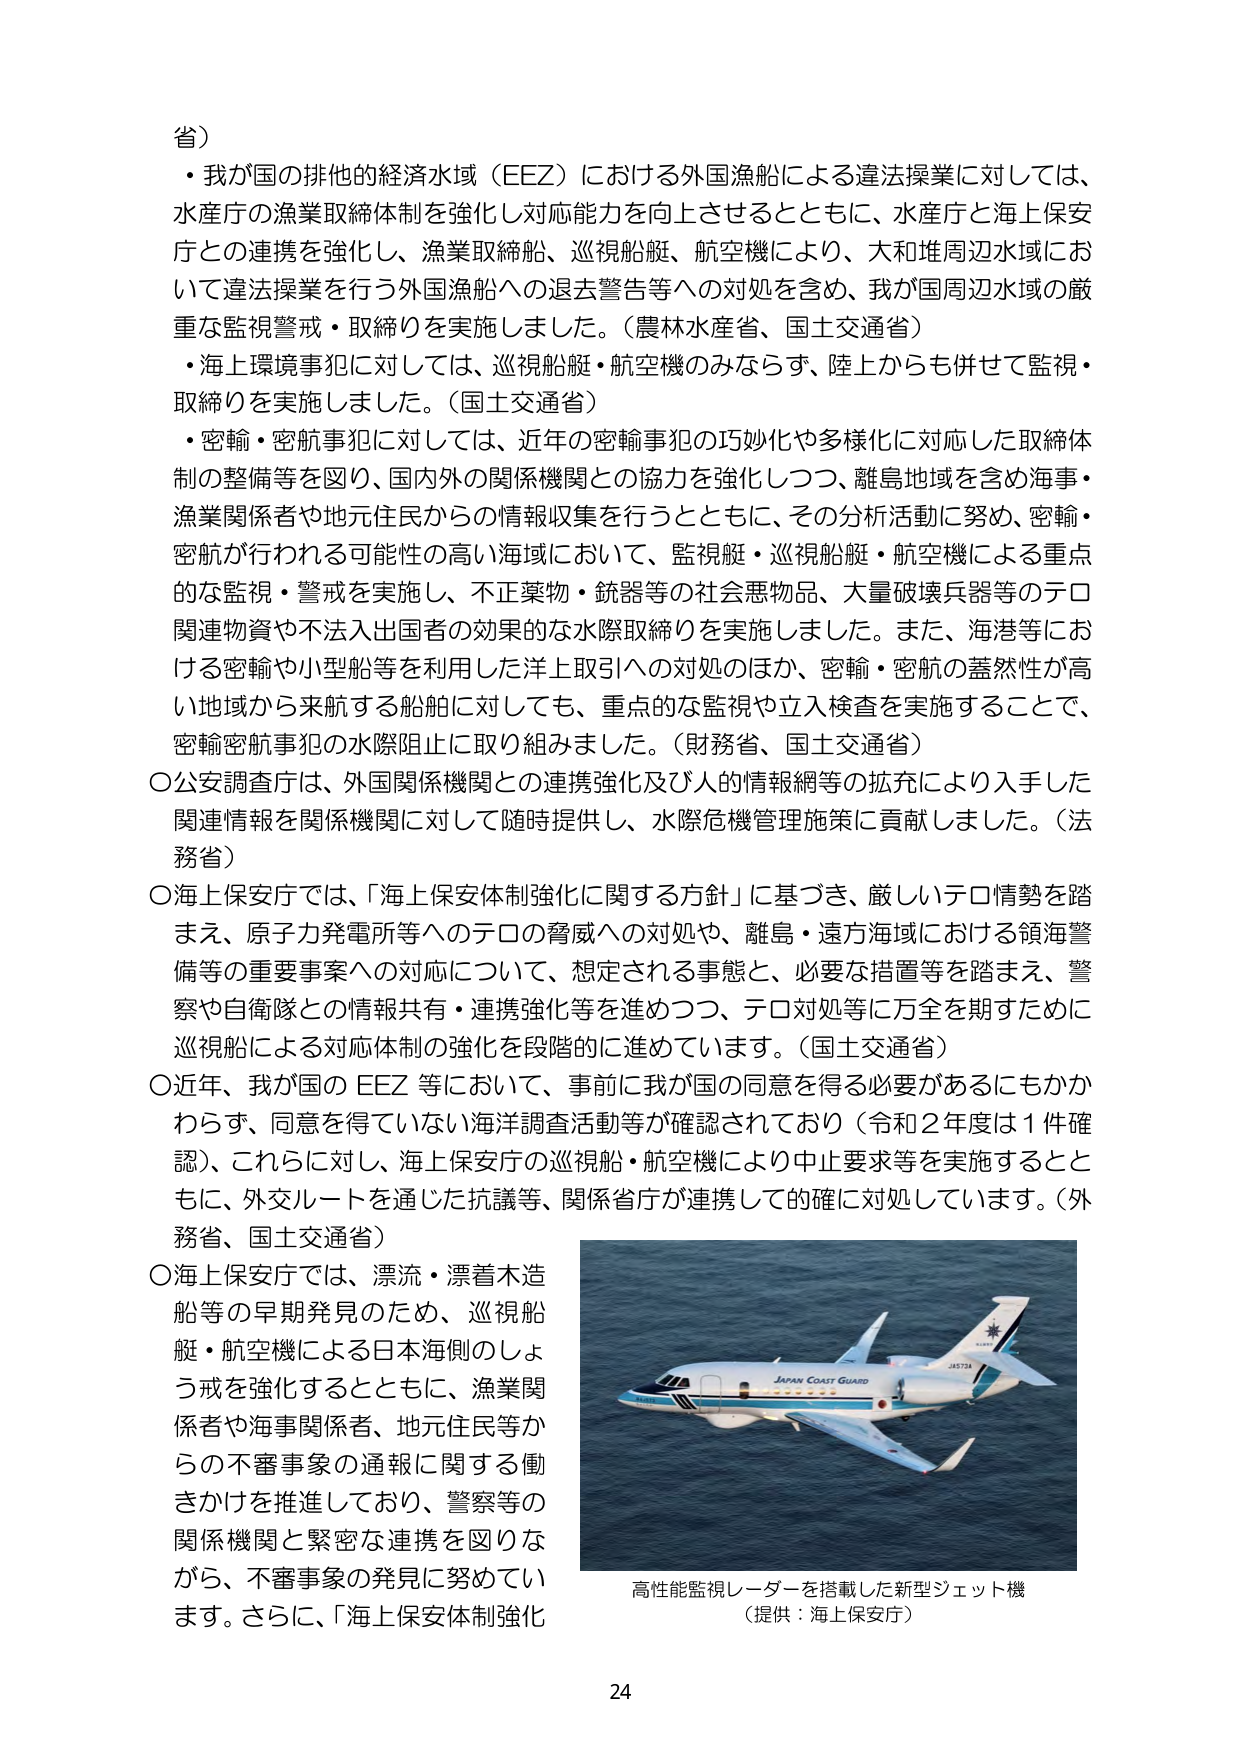
省）
・我が国の排他的経済水域（EEZ）における外国漁船による違法操業に対しては、
水産庁の漁業取締体制を強化し対応能力を向上させるとともに、水産庁と海上保安
庁との連携を強化し、漁業取締船、巡視船艇、航空機により、大和堆周辺水域にお
いて違法操業を行う外国漁船への退去警告等への対処を含め、我が国周辺水域の厳
重な監視警戒・取締りを実施しました。（農林水産省、国土交通省）
・海上環境事犯に対しては、巡視船艇・航空機のみならず、陸上からも併せて監視・
取締りを実施しました。（国土交通省）
・密輸・密航事犯に対しては、近年の密輸事犯の巧妙化や多様化に対応した取締体
制の整備等を図り、国内外の関係機関との協力を強化しつつ、離島地域を含め海事・
漁業関係者や地元住民からの情報収集を行うとともに、その分析活動に努め、密輸・
密航が行われる可能性の高い海域において、監視艇・巡視船艇・航空機による重点
的な監視・警戒を実施し、不正薬物・銃器等の社会悪物品、大量破壊兵器等のテロ
関連物資や不法入出国者の効果的な水際取締りを実施しました。また、海港等にお
ける密輸や小型船等を利用した洋上取引への対処のほか、密輸・密航の蓋然性が高
い地域から来航する船舶に対しても、重点的な監視や立入検査を実施することで、
密輸密航事犯の水際阻止に取り組みました。（財務省、国土交通省）
〇公安調査庁は、外国関係機関との連携強化及び人的情報網等の拡充により入手した
関連情報を関係機関に対して随時提供し、水際危機管理施策に貢献しました。（法
務省）
〇海上保安庁では、「海上保安体制強化に関する方針」に基づき、厳しいテロ情勢を踏
まえ、原子力発電所等へのテロの脅威への対処や、離島・遠方海域における領海警
備等の重要事案への対応について、想定される事態と、必要な措置等を踏まえ、警
察や自衛隊との情報共有・連携強化等を進めつつ、テロ対処等に万全を期すために
巡視船による対応体制の強化を段階的に進めています。（国土交通省）
〇近年、我が国の EEZ 等において、事前に我が国の同意を得る必要があるにもかか
わらず、同意を得ていない海洋調査活動等が確認されており（令和２年度は１件確
認）、これに対し、海上保安庁の巡視船・航空機により中止要求等を実施するとと
もに、外交ルートを通じた抗議等、関係省庁が連携して的確に対処しています。（外
務省、国土交通省）
〇海上保安庁では、漂流・漂着木造
船等の早期発見のため、巡視船
艇・航空機による日本海側のしょ
う戒を強化するとともに、漁業関
係者や海事関係者、地元住民等か
らの不審事象の通報に関する働
きかけを推進しており、警察等の
関係機関と緊密な連携を図りな
がら、不審事象の発見に努めてい
ます。さらに、「海上保安体制強化

JAPAN COAST GUARD
J8724

高性能監視レーダーを搭載した新型ジェット機
（提供：海上保安庁）

24